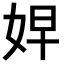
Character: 𭑷